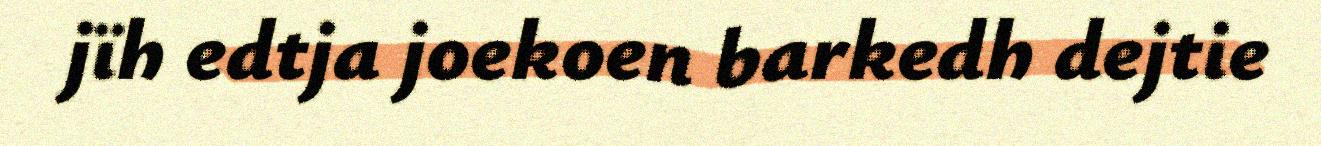
jïh edtja joekoen barkedh dejtie